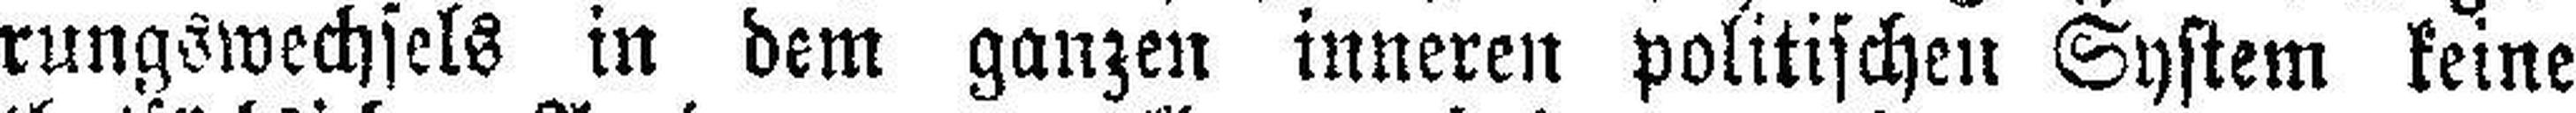
rungswechsels in dem ganzen inneren politischen System keine